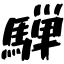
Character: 騨